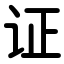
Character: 证